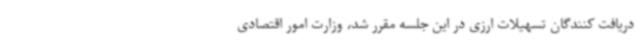
دریافت کنندگان تسهیلات ارزی در این جلسه مقرر شد، وزارت امور اقتصادی